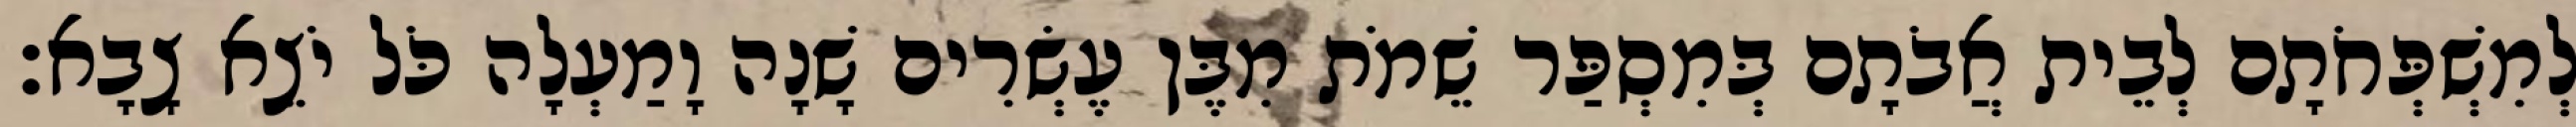
לְמִשְׁפְּחֹתָם לְבֵית אֲבֹתָם בְּמִסְפַּר שֵׁמֹת מִבֶּן עֶשְׂרִים שָׁנָה וָמַעְלָה כֹּל יֹצֵא צָבָא׃